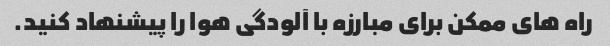
راه های ممکن برای مبارزه با آلودگی هوا را پیشنهاد کنید.